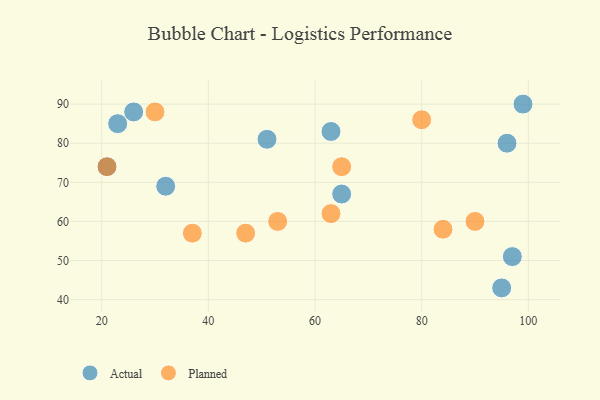
{"axis": {"x": "GDP", "y": "Life Expectancy"}, "legend": ["Actual", "Planned"], "data": [{"x": "99", "y": 90, "type": "Actual"}, {"x": "23", "y": 85, "type": "Actual"}, {"x": "65", "y": 67, "type": "Actual"}, {"x": "96", "y": 80, "type": "Actual"}, {"x": "26", "y": 88, "type": "Actual"}, {"x": "51", "y": 81, "type": "Actual"}, {"x": "95", "y": 43, "type": "Actual"}, {"x": "97", "y": 51, "type": "Actual"}, {"x": "32", "y": 69, "type": "Actual"}, {"x": "63", "y": 83, "type": "Actual"}, {"x": "21", "y": 74, "type": "Actual"}, {"x": "21", "y": 74, "type": "Planned"}, {"x": "84", "y": 58, "type": "Planned"}, {"x": "37", "y": 57, "type": "Planned"}, {"x": "65", "y": 74, "type": "Planned"}, {"x": "30", "y": 88, "type": "Planned"}, {"x": "53", "y": 60, "type": "Planned"}, {"x": "90", "y": 60, "type": "Planned"}, {"x": "47", "y": 57, "type": "Planned"}, {"x": "80", "y": 86, "type": "Planned"}, {"x": "63", "y": 62, "type": "Planned"}]}